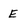
Character: E